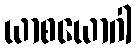
ယာစယောဂါ